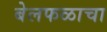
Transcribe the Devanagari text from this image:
बेलफळाचा